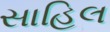
સાહિલ